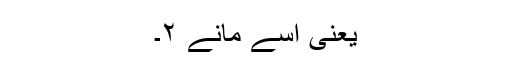
یعنی اسے مانے ۲۔